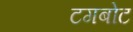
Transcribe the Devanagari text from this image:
टगबोट